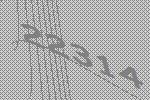
22314